Cholera in India, 1862 to 1881
Year: 1862
Disease focus: Cholera
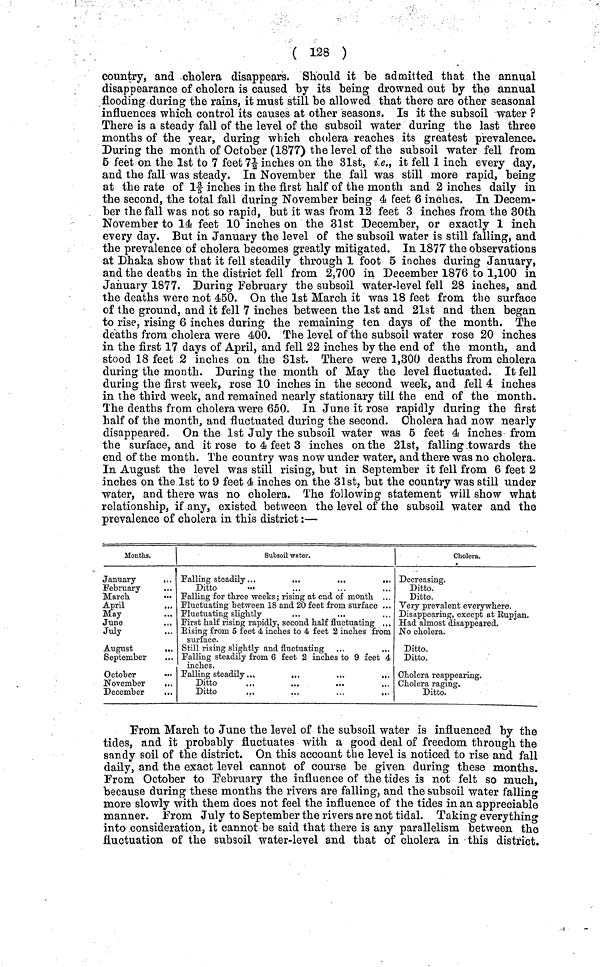
( 128 )
country, and cholera disappears. Should it be admitted that the annual
disappearance of cholera is caused by its being drowned out by the annual
flooding during the rains, it must still be allowed that there are other seasonal
influences which control its causes at other seasons. Is it the subsoil water ?
There is a steady fall of the level of the subsoil water during the last three
months of the year, during which cholera reaches its greatest prevalence.
During the month of October (1877) the level of the subsoil water fell from
6 feet on the 1st to 7 feet 71/2 inches on the 31st, i.e., it fell 1 inch every day,
and the fall was steady. In November the fall was still more rapid, being
at the rate of 13/5 inches in the first half of the month and 2 inches daily in
the second, the total fall during November being 4 feet 6 inches. In Decem-
ber the fall was not so rapid, but it was from 12 feet 3 inches from the 30th
November to 14 feet 10 inches on the 31st December, or exactly 1 inch
every day. But in January the level of the subsoil water is still falling, and
the prevalence of cholera becomes greatly mitigated. In 1877 the observations
at Dhaka show that it fell steadily through 1 foot 5 inches during January,
and the deaths in the district fell from 2,700 in December 1876 to 1,100 in
January 1877. During February the subsoil water-level fell 28 inches, and
the deaths were not 450. On the 1st March it was 18 feet from the surface
of the ground, and it fell 7 inches between the 1st and 21st and then began
to rise, rising 6 inches during the remaining ten days of the month. The
deaths from cholera were 400. The level of the subsoil water rose 20 inches
in the first 17 days of April, and fell 22 inches by the end of the month, and
stood 18 feet 2 inches on the 3lst. There were 1,300 deaths from cholera
during the month. During the month of May the level fluctuated. It fell
during the first week, rose 10 inches in the second week, and fell 4 inches
in the third week, and remained nearly stationary till the end of the month.
The deaths from cholera were 650. In June it rose rapidly during the first
half of the month, and fluctuated during the second. Cholera had now nearly
disappeared. On the 1st July the subsoil water was 5 feet 4 inches from
the surface, and it rose to 4 feet 3 inches on the 21st, falling .towards the
end of the month. The country was now under water, and there was no cholera.
In August the level was still rising, but in September it fell from 6 feet 2
inches on the 1st to 9 feet 4 inches on the 3lst, but the country was still under
water, and there was no cholera. The following statement will show what
relationship, if any, existed between the level of the subsoil water and the
prevalence of cholera in this district:—
Months.
January
...
February
March
•••
April
May
June
July
August
,
September
October
•••
November
,..
December
Subsoil water.
Falling steadily ...
...
...
Ditto
Falling for three weeks ; rising at end of month. . .
Fluctuating between 18 and 20 feet from surface ..
Fluctuating slightly
First half rising rapidly, second half fluctuating , .
Rising from 5 feet 4 inches to 4 feet 2 inches from
Surface.
Still rising slightly and fluctuating ...
...
Falling steadily from 6 feet 2 inches to 9 feet 4
inches.
Falling steadily ...
.,.
,..
,,,
Ditto
Ditto
Cholera.
Decreasing.
Ditto.
Ditto.
Very prevalent everywhere.
Disappearing, except at Rupjan.
Had almost disappeared.
No cholera.
Ditto.
Ditto.
Cholera reappearing.
Cholera raging.
Ditto.
From March to June the level of the subsoil water is influenced by the
tides, and it probably fluctuates with a good deal of freedom through the
sandy soil of the district. On this account the level is noticed to rise and fall
daily, and the exact level cannot of course be given during these months.
From October to February the influence of the tides is not felt so much,
because during these months the rivers are falling, and the subsoil water falling
more slowly with them does not feel the influence of the tides in an appreciable
manner. From July to September the rivers are not tidal. Taking everything
into consideration, it cannot be said that there is any parallelism between the
fluctuation of the subsoil water-level and that of cholera in this district.